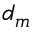
d _ { m }